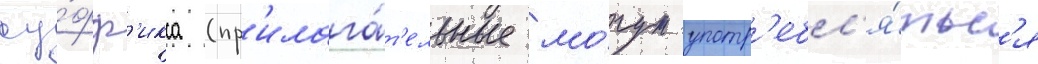
су́фф'икса (пр'илага́т'ельные мо́гут употр'ебл'я́тьс'я